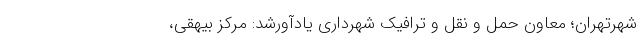
شهرتهران؛ معاون حمل و نقل و ترافیک شهرداری یادآورشد: مرکز بیهقی،